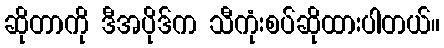
ဆိုတာကို ဒီအပိုဒ်က သီကုံးစပ်ဆိုထားပါတယ်။